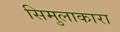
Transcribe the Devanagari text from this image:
सिमुलाकारा